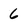
Character: 6